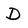
Character: D